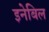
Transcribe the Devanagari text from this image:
इनेबिल